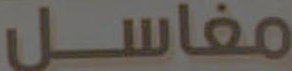
مغاسل